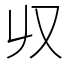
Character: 𠬞